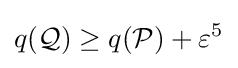
q({\mathcal {Q}})\geq q({\mathcal {P}})+\varepsilon ^{5}